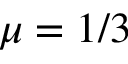
\mu = 1 / 3